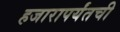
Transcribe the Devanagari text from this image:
हजारापर्यंतची